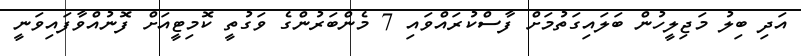
އަދި ބިލު މަޖިލީހުން ބަލައިގަތުމަށް ފާސްކުރައްވައި 7 މެންބަރުންގެ ވަގުތީ ކޮމިޓީއަށް ފޮނުއްވާފައިވަނީ